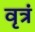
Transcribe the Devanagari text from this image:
वृत्रं